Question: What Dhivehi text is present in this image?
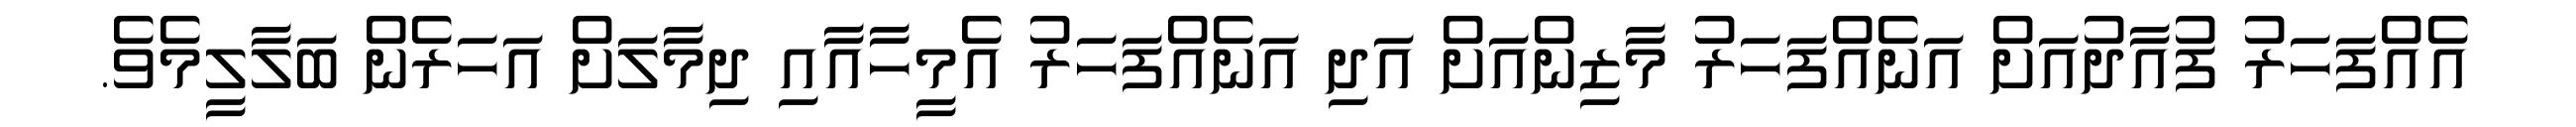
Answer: އެއްފަހަރު ފުއާދުއަށް އަނެއްފަހަރު މާޒިންއަށް އަދި އަނެއްފަހަރު އެމީހާއާއި ދިމާލަށް އަހަރެން ބަލާލީމެވެ.